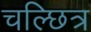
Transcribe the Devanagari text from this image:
चल्छित्र